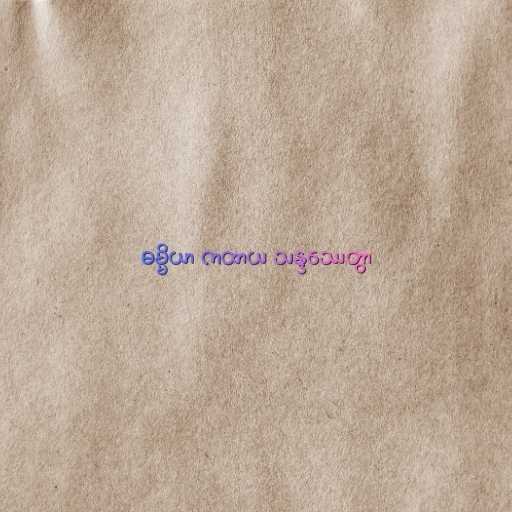
ဓမ္မိယာ ကထာယ သန္ဒဿေတွာ